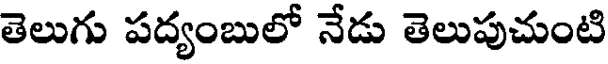
తెలుగు పద్యంబులో నేడు తెలుపుచుంటి